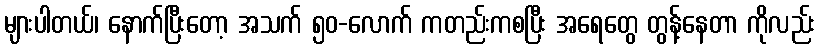
များပါတယ်၊ နောက်ပြီးတော့ အသက် ၅၀-လောက် ကတည်းကစပြီး အရေတွေ တွန့်နေတာ ကိုလည်း